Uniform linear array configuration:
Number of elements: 4
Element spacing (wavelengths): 0.25
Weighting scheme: uniform
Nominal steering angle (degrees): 30
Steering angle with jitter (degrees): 31.874
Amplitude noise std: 0.05
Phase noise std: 0.05

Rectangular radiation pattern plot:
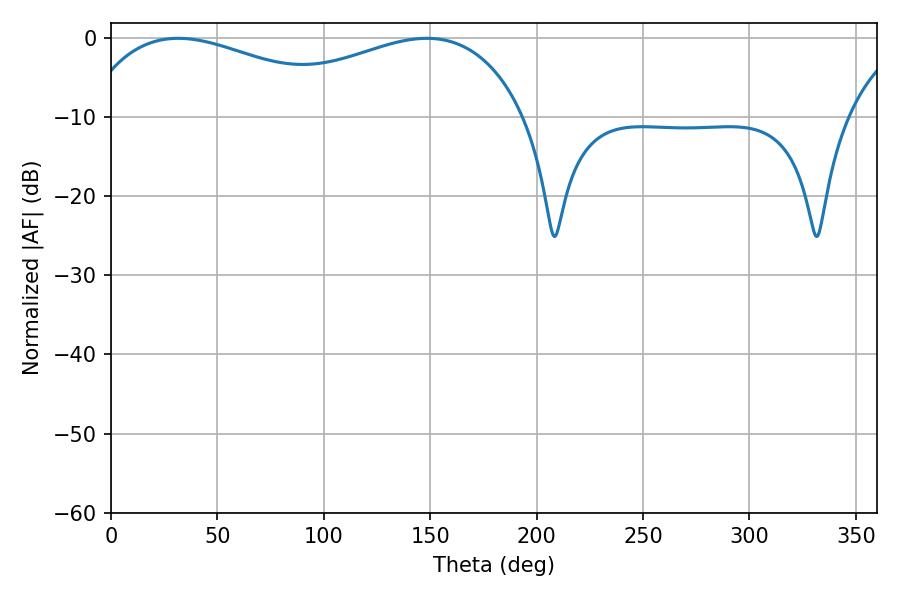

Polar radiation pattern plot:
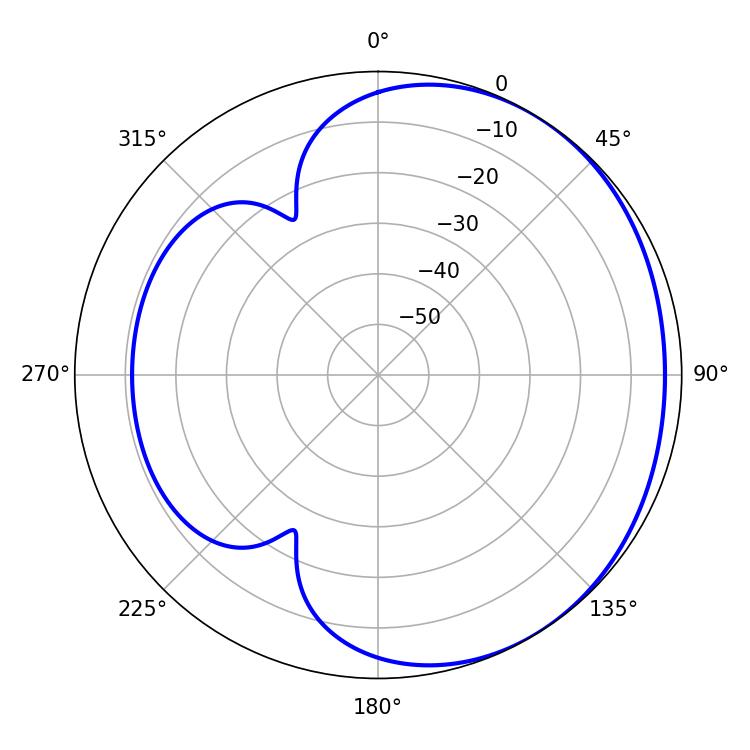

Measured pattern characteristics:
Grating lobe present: FALSE
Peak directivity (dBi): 1.926
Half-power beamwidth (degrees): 74.52
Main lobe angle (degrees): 31.5